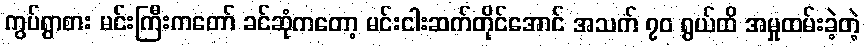
ကွပ်ရွာစား မင်းကြီးကတော် ခင်ဆုံကတော့ မင်းငါးဆက်တိုင်အောင် အသက် ၇၀ ရွယ်ထိ အမှုထမ်းခဲ့တဲ့